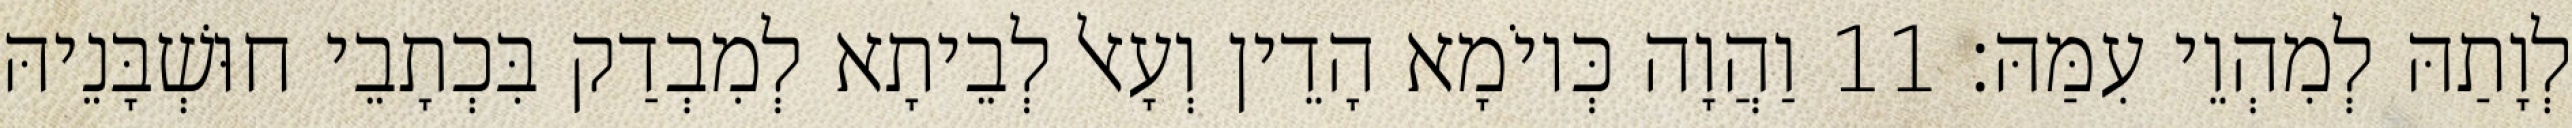
לְוָתַהּ לְמִהְוֵי עִמַּהּ׃ 11 וַהֲוָה כְּיוֹמָא הָדֵין וְעָאל לְבֵיתָא לְמִבְדַק בִּכְתָבֵי חוּשְׁבָּנֵיהּ